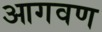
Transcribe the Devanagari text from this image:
आगवण